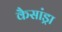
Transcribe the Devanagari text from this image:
कैसांड्रा